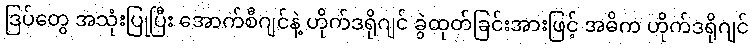
ဒြပ်တွေ အသုံးပြုပြီး အောက်စီဂျင်နဲ့ ဟိုက်ဒရိုဂျင် ခွဲထုတ်ခြင်းအားဖြင့် အဓိက ဟိုက်ဒရိုဂျင်